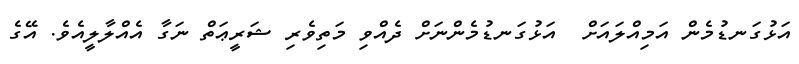
އަޅުގަނޑުމެން އަމިއްލައަށް  އަޅުގަނޑުމެންނަށް ދެއްވި މަތިވެރި ޝަރީޢަތް ނަގާ އެއްލާލީއެވެ. އޭގެ